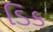
ડિક